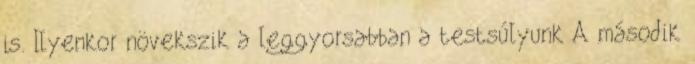
is. Ilyenkor növekszik a leggyorsabban a testsúlyunk A második